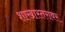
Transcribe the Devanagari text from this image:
शाखास्तरावर